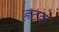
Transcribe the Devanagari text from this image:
हटके